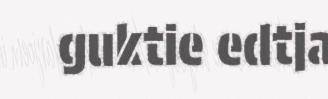
guktie edtja